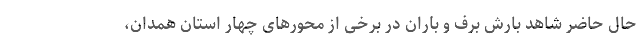
حال حاضر شاهد بارش برف و باران در برخی از محور‌های چهار استان همدان،